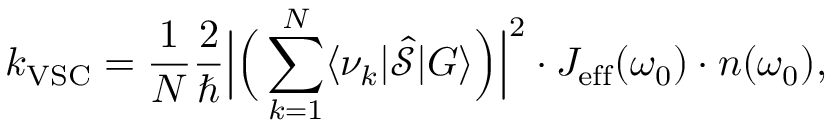
k _ { \mathrm { V S C } } = \frac { 1 } { N } \frac { 2 } { \hbar } \Big | \Big ( \sum _ { k = 1 } ^ { N } \langle \nu _ { k } | \hat { \mathcal S } | G \rangle \Big ) \Big | ^ { 2 } \cdot J _ { \mathrm { e f f } } ( \omega _ { 0 } ) \cdot n ( \omega _ { 0 } ) ,